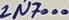
Text: 2N7000